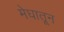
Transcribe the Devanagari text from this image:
मेघातून